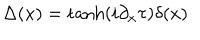
\Delta ( x ) = \tanh ( i \partial _ { x } \tau ) \delta ( x )